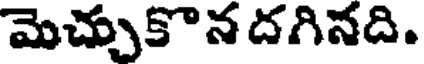
మెచ్చుకొన దగినది.